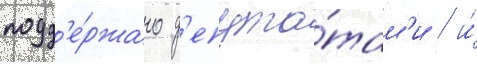
подд'е́ржано д'епута́там'и / и́